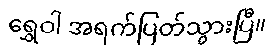
ရွှေဝါ အရက်ပြတ်သွားပြီ။